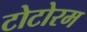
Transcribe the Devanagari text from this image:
टोटोरम